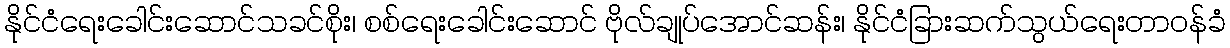
နိုင်ငံရေးခေါင်းဆောင်သခင်စိုး၊ စစ်ရေးခေါင်းဆောင် ဗိုလ်ချုပ်အောင်ဆန်း၊ နိုင်ငံခြားဆက်သွယ်ရေးတာဝန်ခံ